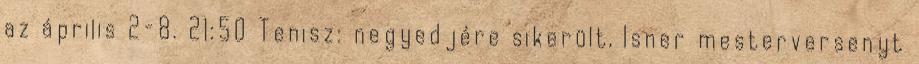
az április 2-8. 21:50 Tenisz: negyedjére sikerült, Isner mesterversenyt